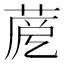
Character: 𦲳